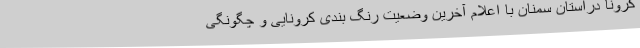
کرونا دراستان سمنان با اعلام آخرین وضعیت رنگ بندی کرونایی و چگونگی